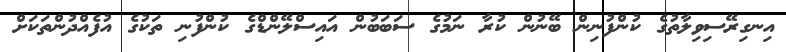
އިނގިރޭސިވިލާތުގެ ކުންފުނިން ބޭނުން ކުރާ ނަމުގެ ސަބަބުން އައިސްލޭންޑްގެ ކުންފުނި ތަކުގެ އުފެއްދުންތަކަށް